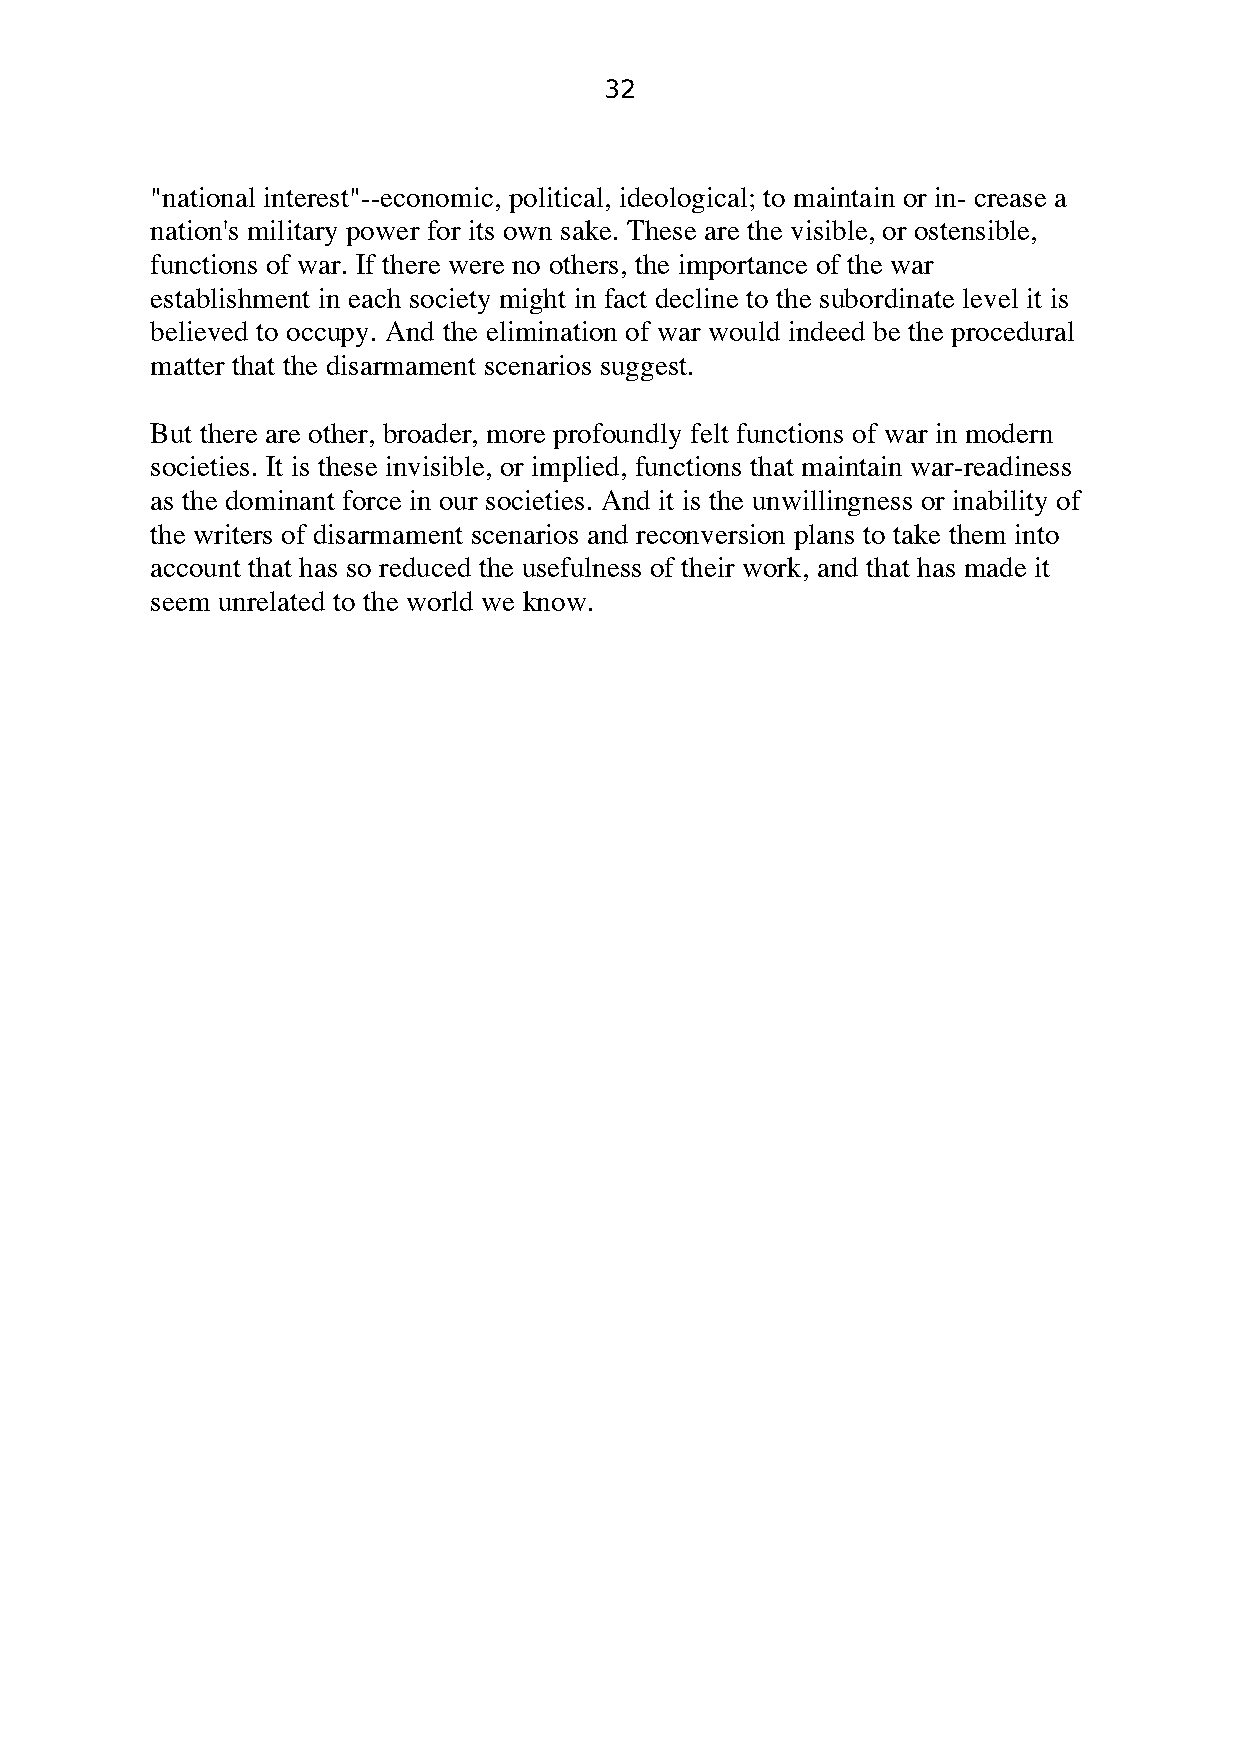
32
 "national interest"--economic, political, ideological; to maintain or in- crease a
 nation's military power for its own sake. These are the visible, or ostensible,
 functions of war. If there were no others, the importance of the war
 establishment in each society might in fact decline to the subordinate level it is
 believed to occupy. And the elimination of war would indeed be the procedural
 matter that the disarmament scenarios suggest.
 But there are other, broader, more profoundly felt functions of war in modern
 societies. It is these invisible, or implied, functions that maintain war-readiness
 as the dominant force in our societies. And it is the unwillingness or inability of
 the writers of disarmament scenarios and reconversion plans to take them into
 account that has so reduced the usefulness of their work, and that has made it
 seem unrelated to the world we know.